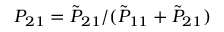
P _ { 2 1 } = { \tilde { P } } _ { 2 1 } / ( { \tilde { P } } _ { 1 1 } + { \tilde { P } } _ { 2 1 } )